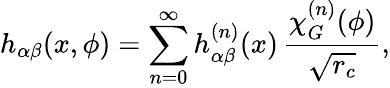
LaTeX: h_{\alpha\beta}(x,\phi)=\sum_{n=0}^{\infty}h_{\alpha\beta}^{(n)}(x)\, \frac{\chi_{G}^{(n)}(\phi)}{\sqrt{r_{c}}},